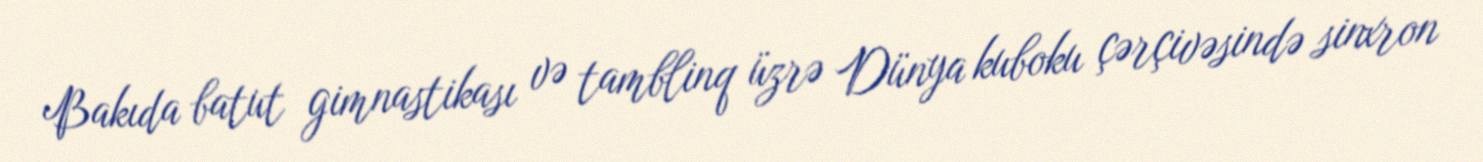
Bakıda batut gimnastikası və tamblinq üzrə Dünya kuboku çərçivəsində sinxron